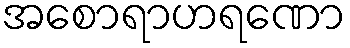
အစောရာဟရဏော